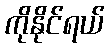
ကိုနိုင်ရယ်